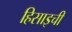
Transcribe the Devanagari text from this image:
हिसाइची